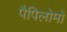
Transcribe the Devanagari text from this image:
पैपिलोमों